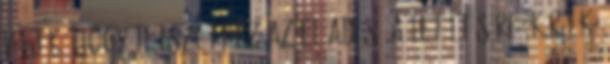
véljük, hogy tetszett ez az előadás. A letöltésére, kérjük,